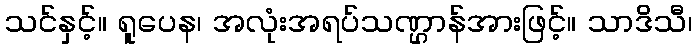
သင်နှင့်။ ရူပေန၊ အလုံးအရပ်သဏ္ဌာန်အားဖြင့်။ သာဒိသီ၊